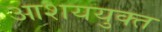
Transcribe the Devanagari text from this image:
आशययुक्त